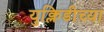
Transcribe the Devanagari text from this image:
युक्लिडीच्या